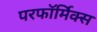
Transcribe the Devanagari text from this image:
परफॉर्मिक्स